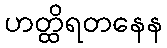
ဟတ္ထိရတနေန